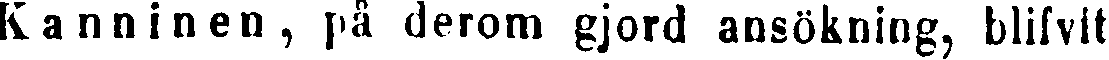
Kanninen, på derom gjord ansökning, blifvit